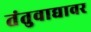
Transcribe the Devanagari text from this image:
तंतुवाद्यावर